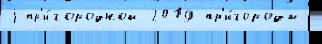
j пр'и́городной 2019 пр'и́городы